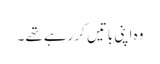
وہ اپنی باتیں کر رہے تھے ۔